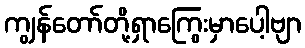
ကျွန်တော်တို့ရှာကြွေးမှာပေါ့ဗျာ